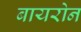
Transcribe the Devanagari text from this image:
बायरोन